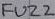
Text: FUZZ